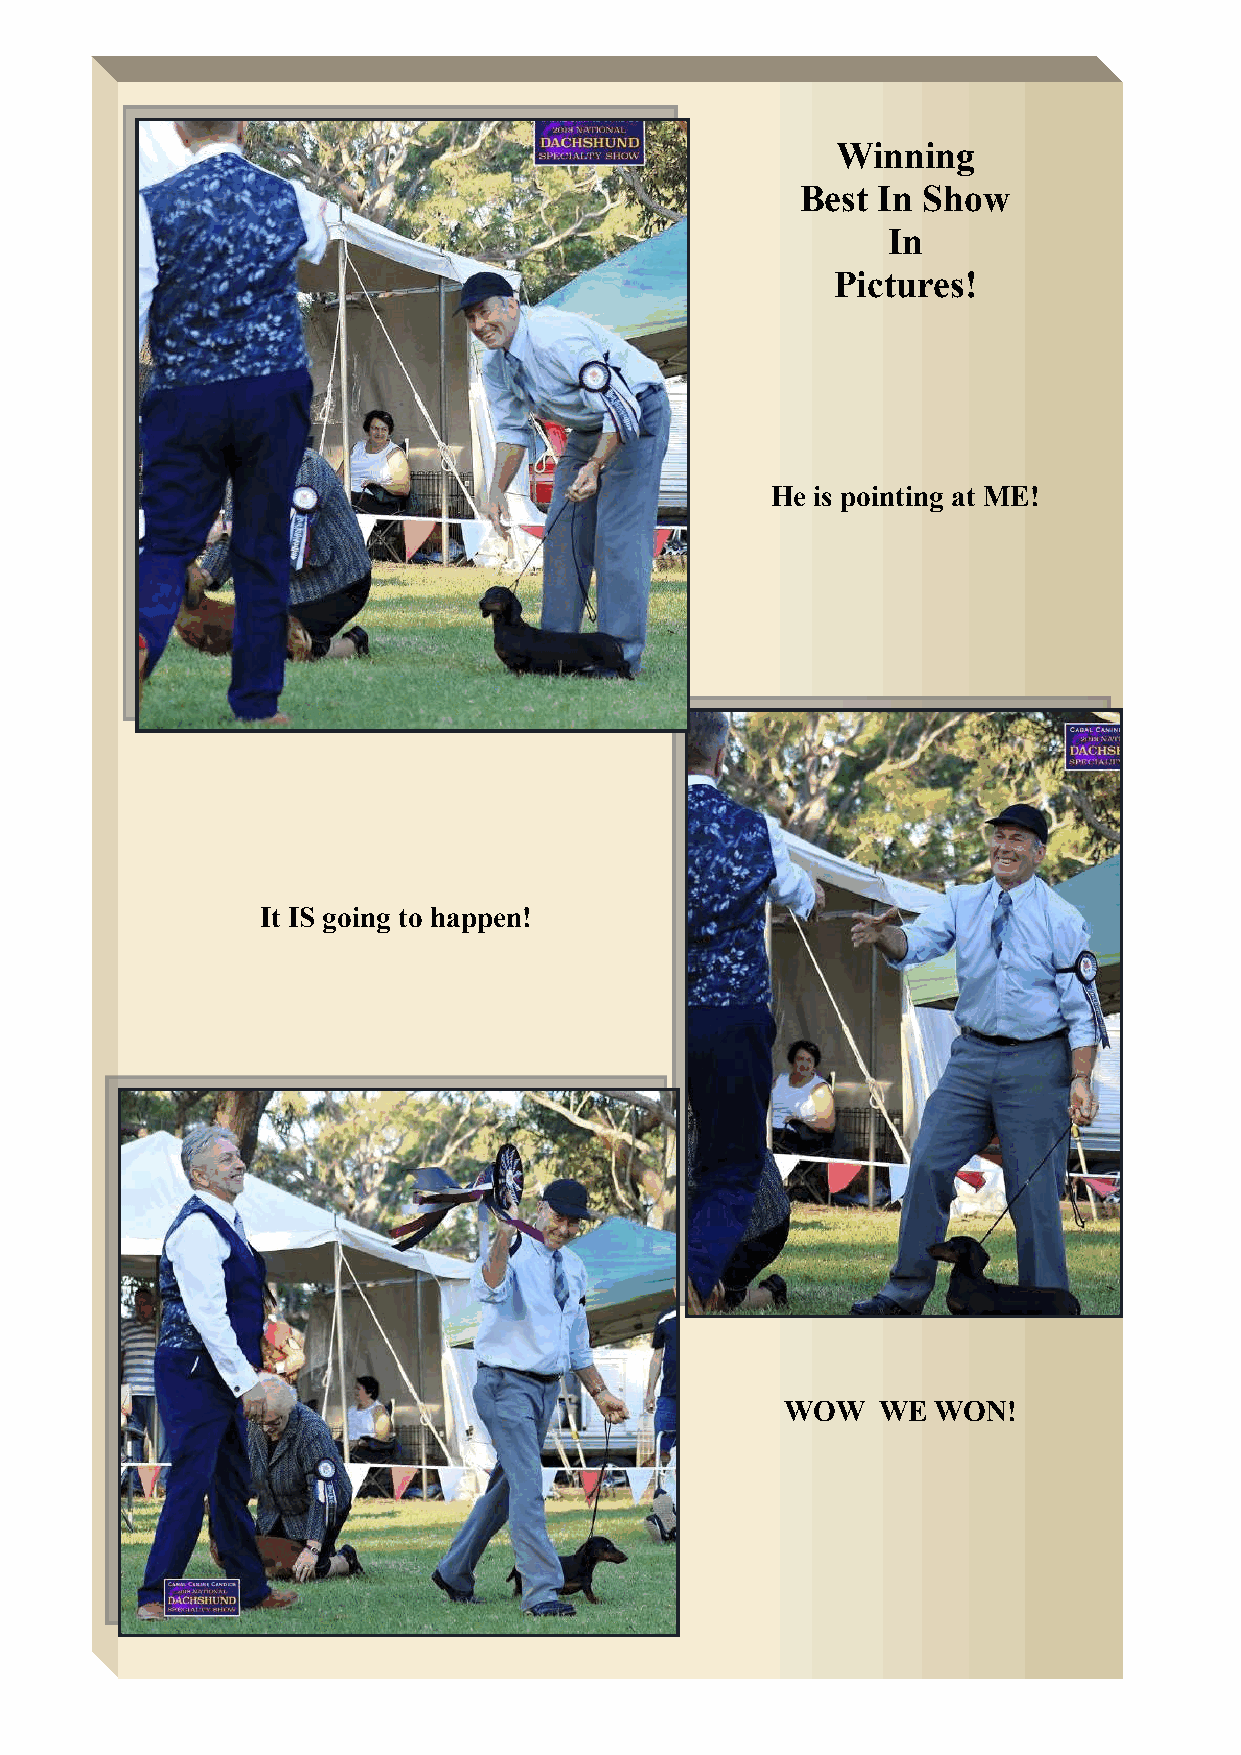
12th National Dachshund Specialty Show Critique
 Winning
 Best In Show
 In
 Pictures!
 He is pointing at ME!
 It IS going to happen!
 WOW   WE  WON!
 2